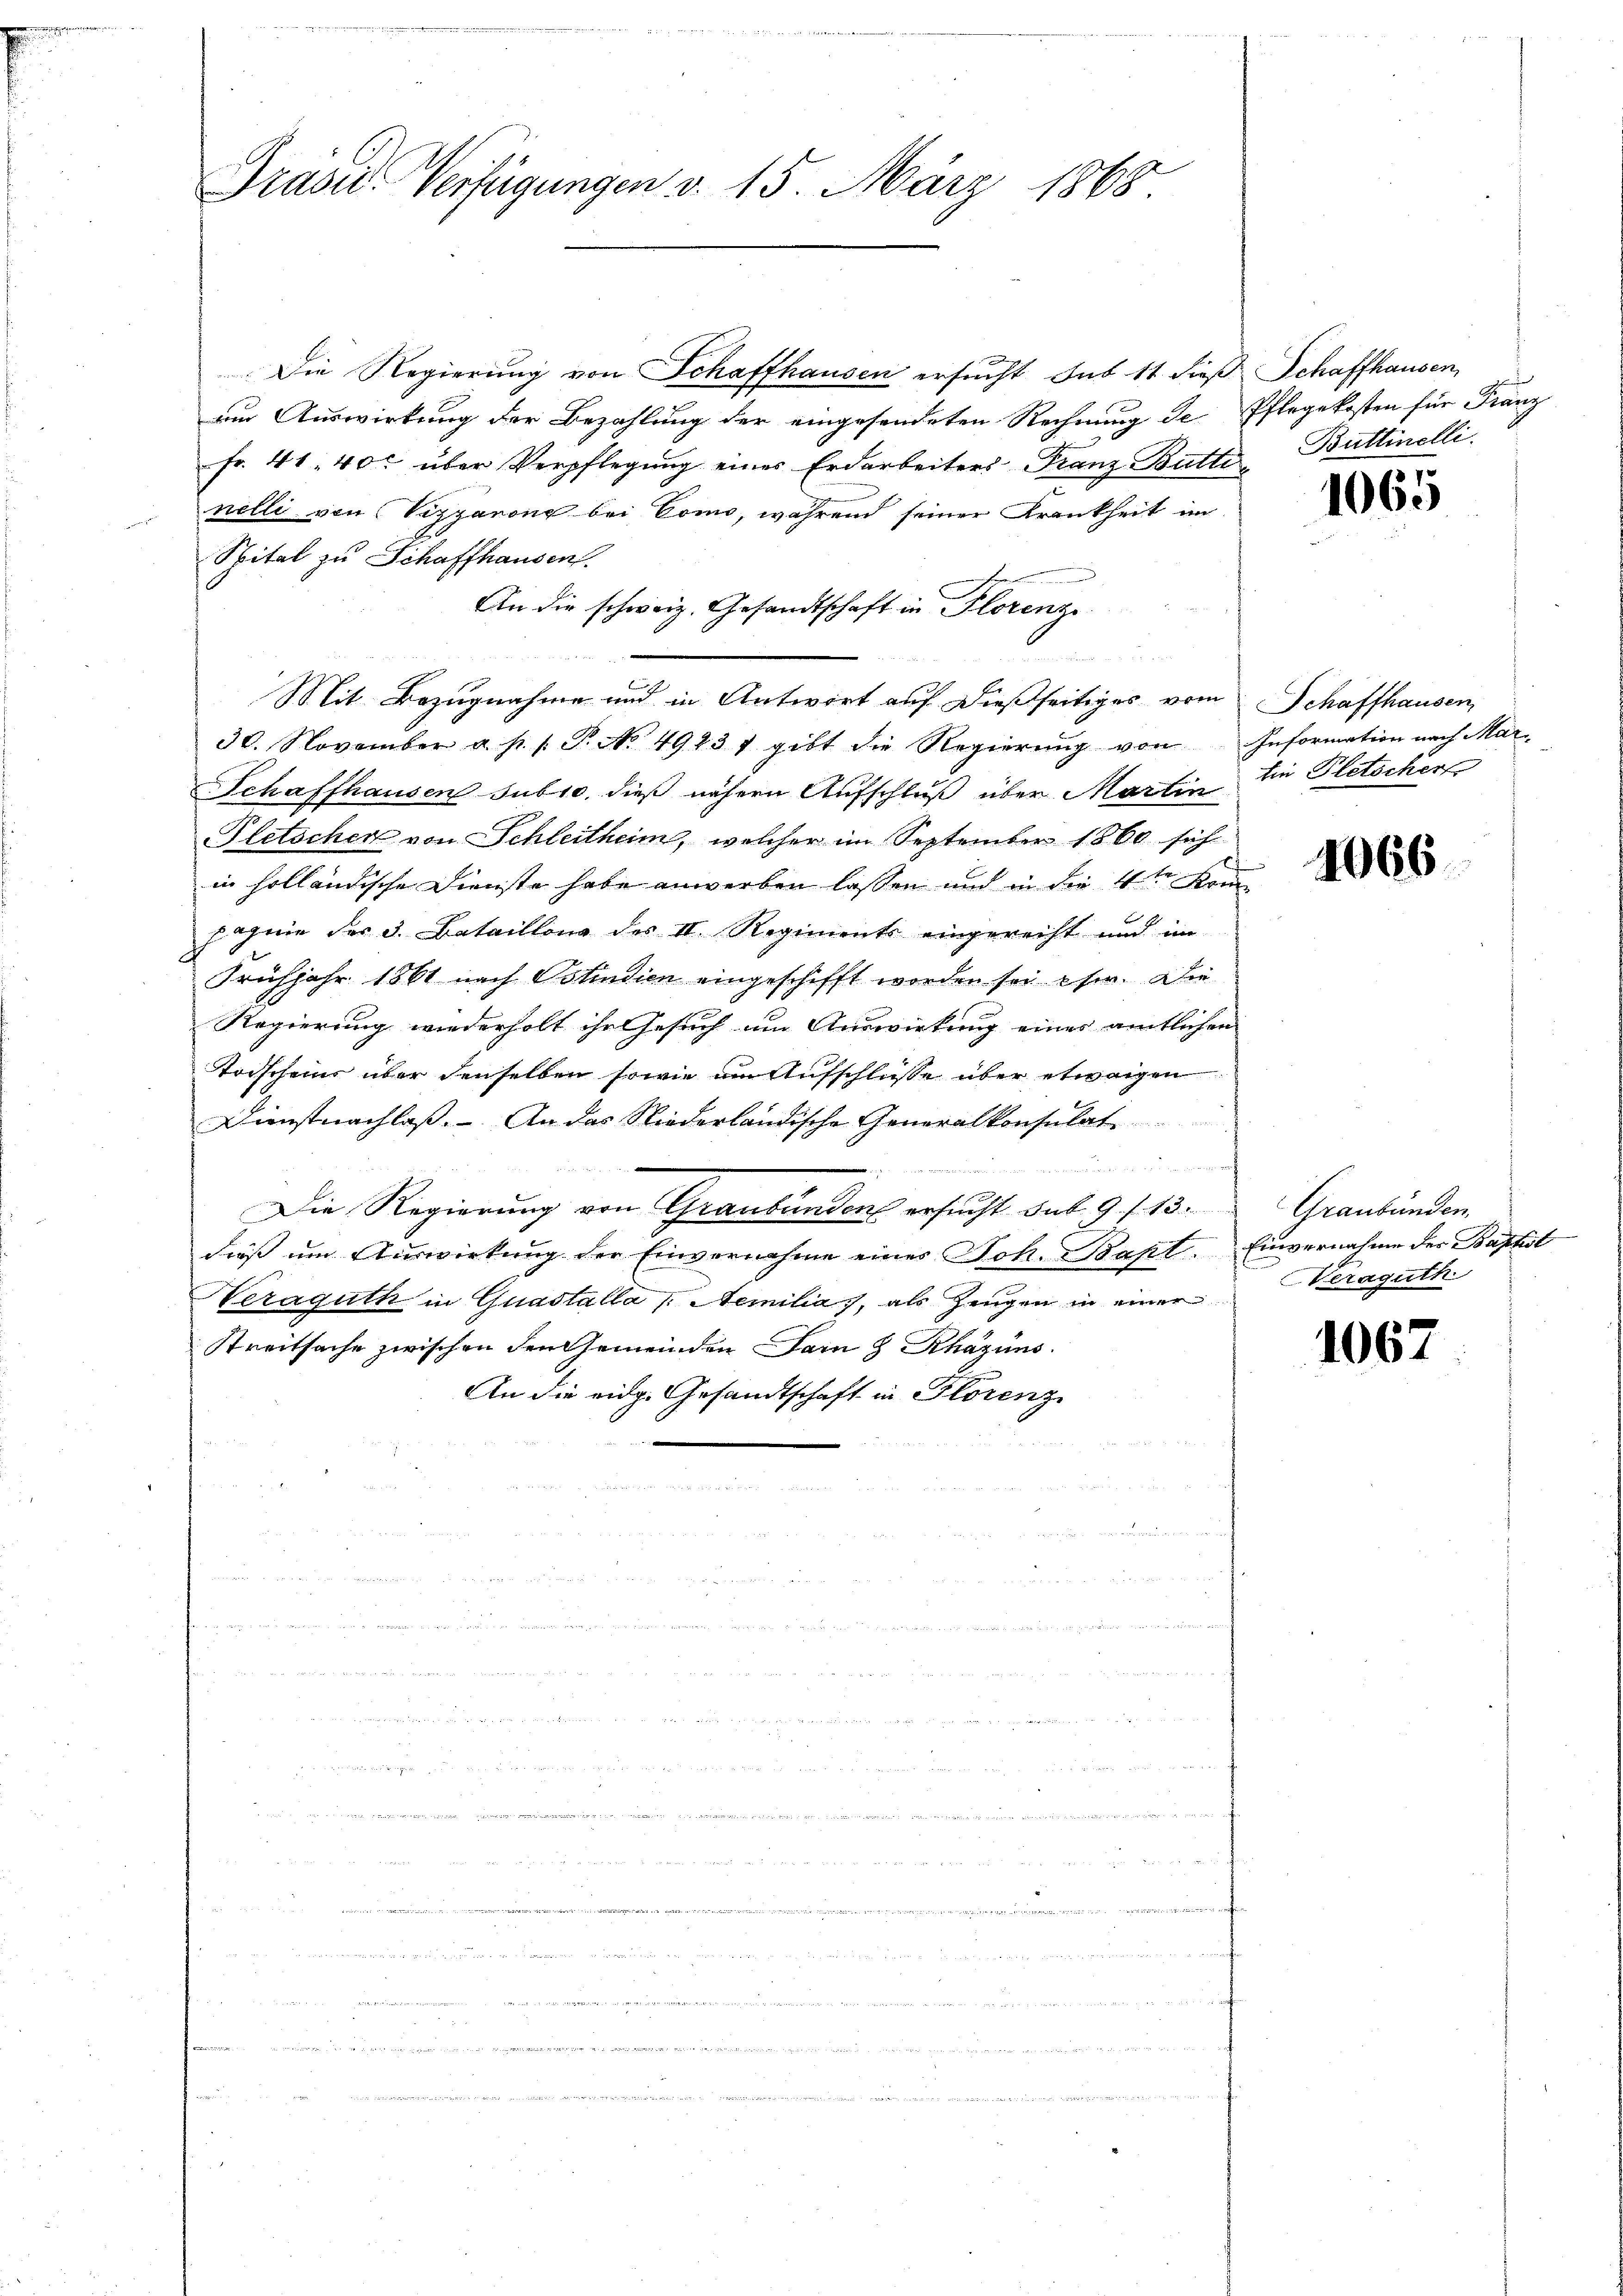
genierung

Präses Verfügungen v. 15. März 1865.

Die Regierung von Schaffhausen ersucht sub 11 dieß
um Auswirkung der Bezahlung der eingesendeten Rechnung de
Fr. 41. 40. über Verpflegung eines Erdarbeiters Franz Butte
nelli von Viggarone bei Como, während seiner Krankheit im
Spital zu Schaffhausen.
An die schweiz. Gesandtschaft in Florenz
u
Mit Bezugnahme und in Antwort auf dießseitiges vom
30. November a. p. 1. P. No. 49237 gibt die Regierŭng von
Schaffhausen subro dies nähern Aufschluß über Martin
Pletscher von Schleitheim, welcher im September 1860 sich
in holländische Dienste habe anwerben lassen und in die 4ten kom
 ohne der 3. Batailling des II. Regiments eingereiht und im
Frühjahr 1861 nach Ostindien eingeschifft worden sei ese. Die
Regierung wiederholt ihr Gesuch um Auswirkung eines amtlichen
Todscheins über denselben sowie am Aufschlüsse über etwaigen
Dienstnachlaß. An das Niederländische Generalkonsulat
und er nun geworf
e
Die Regierung von Graubünden ersucht sub 9 f. 13.
dieß um Auswirkung der Einvernahme eines Joh. Bapt.
Heráguth in Quastalla (Nemilia, als Zeugen in einer
Streitsache zwischen den Gemeinden am 3 Rhazuns.
An die eidg. Gesandtschaft in Florenz
n
u
u

n

n

.......................................
da Berichten eine in Renommen, in einem unente um meine er mit, in an, da, wie die in ein ich und den und der au
 "              ..  ..  ..

gan an den
  und den und wenn er

ten

Schaffhausen,
d
Pflegekosten für Franz
Buttinelli

t

1065

Schaffhausen,
Information nach Mar
Ein Pletscher

1066

Graubünden.
Einvernahme der Baptist
Neraguth

1067